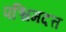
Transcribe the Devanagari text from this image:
पश्चिमदत्त